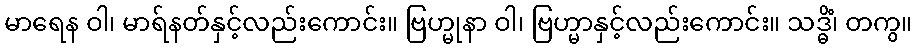
မာရေန ဝါ၊ မာရ်နတ်နှင့်လည်းကောင်း။ ဗြဟ္မုနာ ဝါ၊ ဗြဟ္မာနှင့်လည်းကောင်း။ သဒ္ဓိံ၊ တကွ။